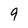
Character: 9